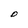
Character: D